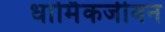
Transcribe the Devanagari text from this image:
धार्मिकजीवन